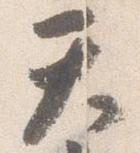
天